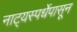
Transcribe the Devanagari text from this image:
नाट्यस्पर्धेपासून